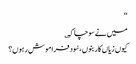
‘‘
میں نے سوچا کہ ؎
کیوں زیاں کار بنوں ،سُود فراموش رہوں؟